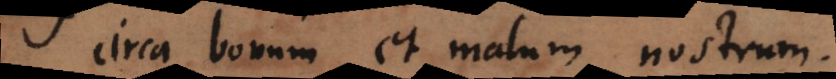
circa bonum et malum nostrum.